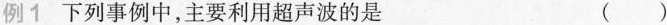
例1 下列事例中，主要利用超声波的是 ()